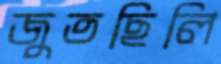
জুতছিলি